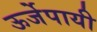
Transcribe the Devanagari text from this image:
ऊर्जेपायी